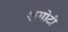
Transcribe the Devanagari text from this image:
शगोटी